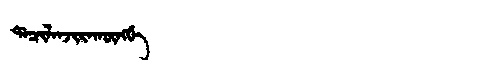
Manchu: ᡩᠠᠴᡳᠯᠠᠨᠵᡳᡵᠠᡴᡡᠩᡤᡝ
Romanization: DACILANJIRAKŪNGGE